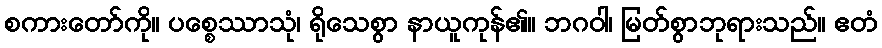
စကားတော်ကို။ ပစ္စေဿာသုံ၊ ရိုသေစွာ နာယူကုန်၏။ ဘဂဝါ၊ မြတ်စွာဘုရားသည်။ ဧတံ